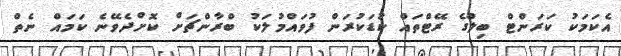
އެކަމަކު ކަރަންޓް ބިލްގެ ރޭޓްތައް ކުޑަކުރަން ފުވައްމުލަކު ބްރާންޗަށް ކޮށްދެވޭނެ ކަމައް ނެތް